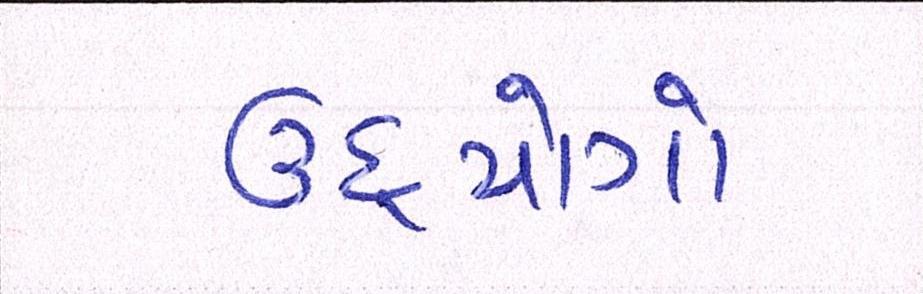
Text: ઉદ્યોગો